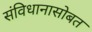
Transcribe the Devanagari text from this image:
संविधानासोबत